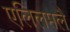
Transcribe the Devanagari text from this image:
एलिलमलै